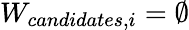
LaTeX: W_{candidates,i}={\emptyset}